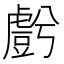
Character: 𮓬